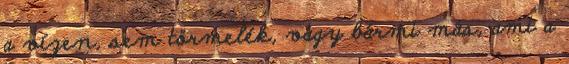
a vízen, sem törmelék, vagy bármi más, ami a